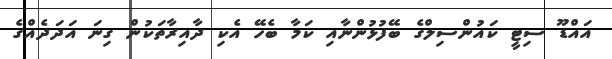
އައްޑޫ ސިޓީ ކައުންސިލްގެ ބޭފުޅުންނާއި ކަމާ ބެހޭ އެކި ދާއިރާތަކުން ގިނަ އަދަދެއްގެ